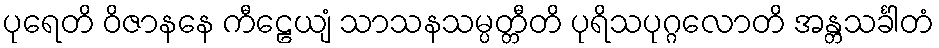
ပုရေတိ ဝိဇာနနေ ကီဠေယျံ သာသနသမ္ပတ္တီတိ ပုရိသပုဂ္ဂလောတိ အန္တသင်္ခါတံ